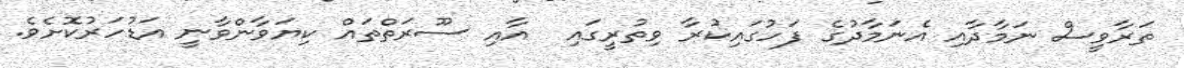
ތަރާވީސް ނަމާދާއި އެނަމާދުގެ ފަހުގައިކުރާ ވިތުރީގައި  އާއި ސޫރަތްތައް ކިޔަވާންވާނީ އަޑުހަރުކޮށެވެ.